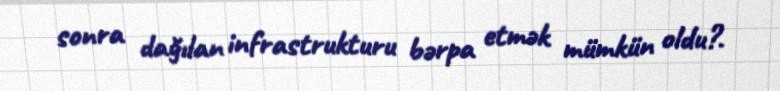
sonra dağılan infrastrukturu bərpa etmək mümkün oldu?.